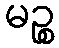
မဉ္စ